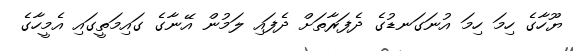
ޔޫހާގެ ހިމަ ހިމަ އުނަގަނޑުގެ ދެފަރާތަށް ދެފައި ލަމުން އޭނާގެ ގައިމަތީގައި އެމީހާގެ